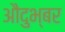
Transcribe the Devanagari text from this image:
औदुभ्बर